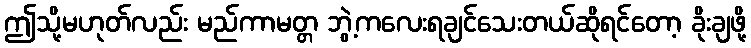
ဤသို့မဟုတ်လည်း မည်ကာမတ္တ ဘွဲ့ကလေးရချင်သေးတယ်ဆိုရင်တော့ ခိုးချဖို့